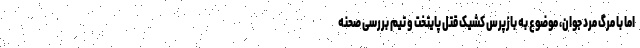
اما با مرگ مرد جوان، موضوع به بازپرس کشیک قتل پایتخت و تیم بررسی صحنه